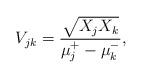
LaTeX: \begin{align*}V_{jk}=\frac{\sqrt{X_{j}X_{k}}}{\mu_{j}\sp{+}-\mu_{k}\sp{-}}, \end{align*}